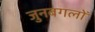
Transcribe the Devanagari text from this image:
जुनबगलों